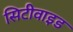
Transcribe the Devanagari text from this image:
सिटीवाइड